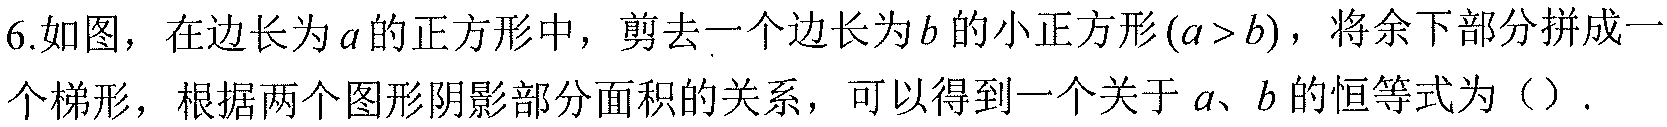
6.如图，在边长为\(a\)的正方形中，剪去一个边长为\(b\)的小正方形\((a > b)\)，将余下部分拼成一个梯形，根据两个图形阴影部分面积的关系，可以得到一个关于\(a\)、\(b\)的恒等式为（）.